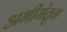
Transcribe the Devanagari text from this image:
अभीमंतृन